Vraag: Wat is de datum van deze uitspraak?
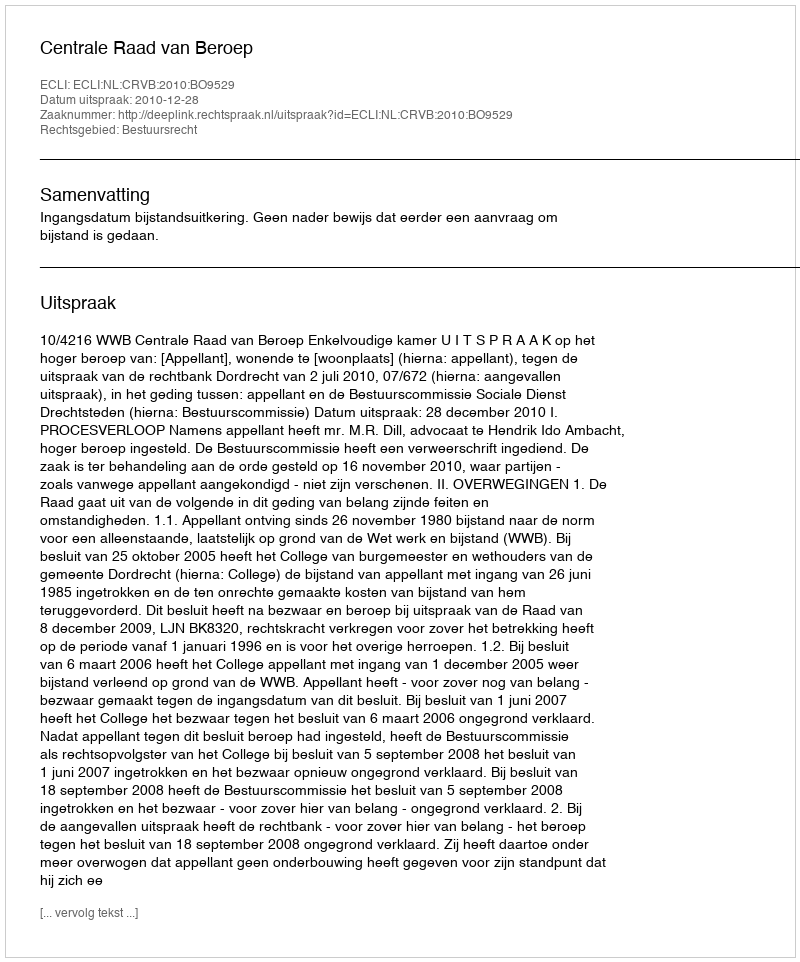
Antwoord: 2010-12-28